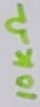
Text: 10KΩ